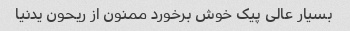
بسیار عالی پیک خوش برخورد ممنون از ریحون یدنیا